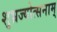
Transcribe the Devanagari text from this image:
शुभ्रज्योत्सनाम्